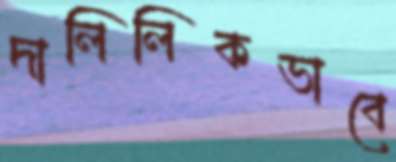
দালিলিকভাবে